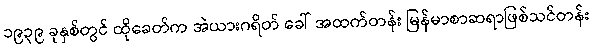
၁၉၃၉ ခုနှစ်တွင် ထိုခေတ်က အဲယားဂရိတ် ခေါ် အထက်တန်း မြန်မာစာဆရာဖြစ်သင်တန်း